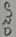
Text: GND